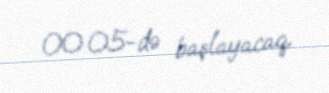
00:05-də başlayacaq.